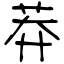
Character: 莽